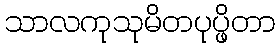
သာလကုသုမိတပုပ္ဖိတာ